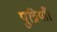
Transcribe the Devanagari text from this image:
पुत्रियाँ।